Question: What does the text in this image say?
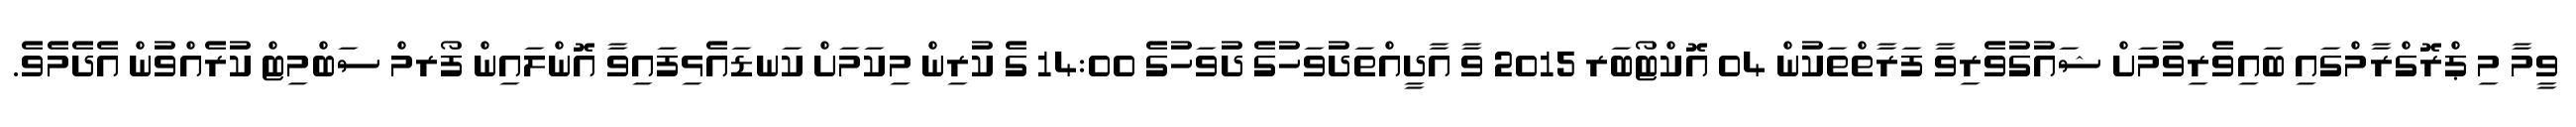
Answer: ވީމާ މި ޕްރޮގްރާމްގައި ބައިވެރިވުމަށް ޝައުގުވެރިވާ ފަރާތްތަކުން 04 އޮކްޓޯބަރ 2015 ވާ އާދީއްތަދުވަހުގެ ދުވަހުގެ 14:00 ގެ ކުރިން މިކަމަށް ކަނޑައެޅިފައިވާ އޮންލައިން ފޯރމް ސަބްމިޓް ކުރެއްވުން އެދެމެވެ.